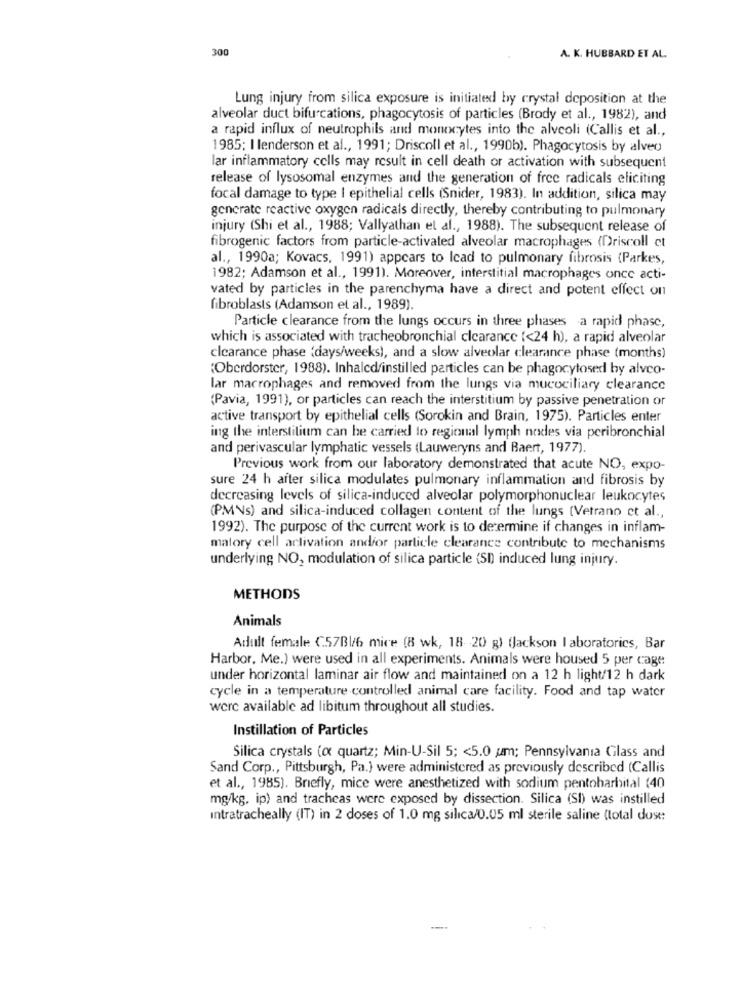
300
A. K. HUBBARD ET AL.
Lung injury from silica exposure is initiated by crystal deposition at the
alveolar duct bifurcations, phagocytosis of particles (Brody et al ., 1982), and
a rapid influx of neutrophils and monocytes into the alveoli (Callis et al .,
1985; I lenderson et al ., 1991; Driscoll et al ., 1990b). Phagocytosis by alveo
lar inflammatory cells may result in cell death or activation with subsequent
release of lysosomal enzymes and the generation of free radicals eliciting
focal damage to type I epithelial cells (Snider, 1983). In addition, silica may
generate reactive oxygen radicals directly, thereby contributing to pulmonary
injury (Shi et al ., 1988; Vallyathan et al ., 1988). The subsequent release of
fibrogenic factors from particle-activated alveolar macrophages (Driscoll ct
al ., 1990a; Kovacs, 1991) appears to Icad to pulmonary fibrosis (Parkes,
1982; Adamson et al ., 1991). Moreover, interstitial macrophages once acti-
vated by particles in the parenchyma have a direct and potent effect on
fibroblasts (Adamson et al ., 1989).
Particle clearance from the lungs occurs in three phases a rapid phase,
which is associated with tracheobronchial clearance {<24 h), a rapid alveolar
clearance phase (days/weeks), and a slow alveolar clearance phase (months)
(Oberdorster, 1988). Inhalcd/instilled particles can be phagocytosed by alvco-
lar macrophages and removed from the lungs via mucociliary clearance
(Pavia, 1991), or particles can reach the interstitium by passive penetration or
active transport by epithelial cells (Sorokin and Brain, 1975). Particles enter
ing the interstitium can be carried to regional lymph nodes via peribronchial
and perivascular lymphatic vessels (Lauweryns and Baert, 1977).
Previous work from our laboratory demonstrated that acute NO, expo-
sure 24 h after silica modulates pulmonary inflammation and fibrosis by
decreasing levels of silica-induced alveolar polymorphonuclear leukocytes
(PMVs) and silica-induced collagen content of the lungs (Vetrano et al .,
1992). The purpose of the current work is to determine if changes in inflam-
malory cell activation andfor particle clearance contribute to mechanisms
underlying NO, modulation of silica particle (SI) induced lung injury.
METHODS
Animals
Adult female C57Bl/6 mice (8 wk, 18- 20 g) (Jackson laboratories, Bar
Harbor, Me.) were used in all experiments. Animals were housed 5 per cage
under horizontal laminar air flow and maintained on a 12 h light/12 h dark
cycle in a temperature controlled animal care facility. Food and tap water
were available ad libitum throughout all studies.
Instillation of Particles
Silica crystals (ox quartz; Min-U-Sil 5; < 5.0 um; Pennsylvania Glass and
Sand Corp ., Pittsburgh, Pa.) were administered as previously described (Callis
et al ., 1985). Briefly, mice were anesthetized with sodium pentobarbital (40
mg/kg, ip) and tracheas were exposed by dissection. Silica (SI) was instilled
Intratracheally (IT) in 2 doses of 1.0 mg silica/0.05 ml sterile saline (total dost:
----